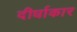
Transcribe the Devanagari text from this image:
दीर्धाकार